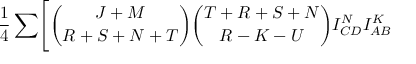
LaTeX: { \frac { 1 } { 4 } } \sum \Biggl [ { \binom { J + M } { R + S + N + T } } { \binom { T + R + S + N } { R - K - U } } I _ { C D } ^ { N } I _ { A B } ^ { K }